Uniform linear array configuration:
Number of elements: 4
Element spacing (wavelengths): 0.5
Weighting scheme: blackman
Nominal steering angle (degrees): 15
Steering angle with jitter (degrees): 14.219
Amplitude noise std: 0.05
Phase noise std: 0.05

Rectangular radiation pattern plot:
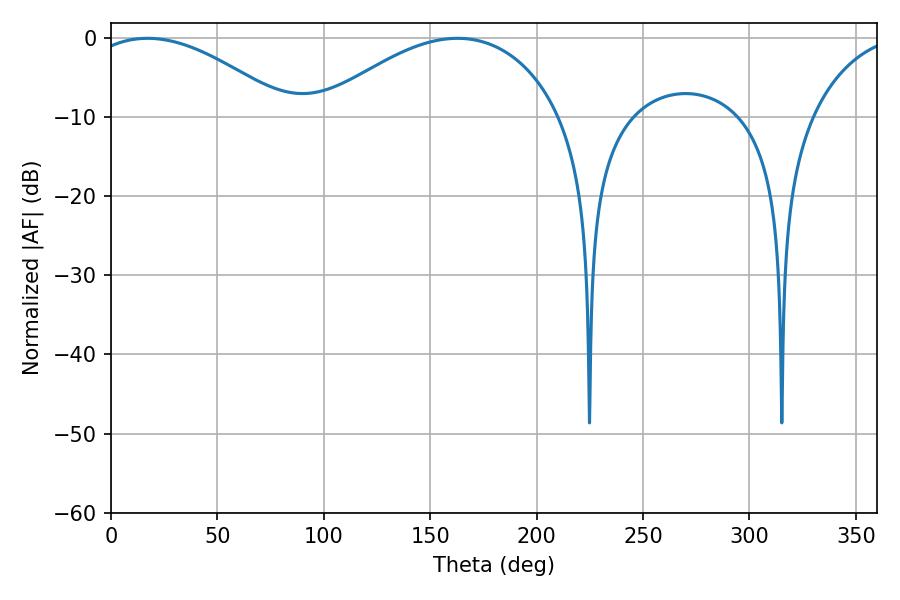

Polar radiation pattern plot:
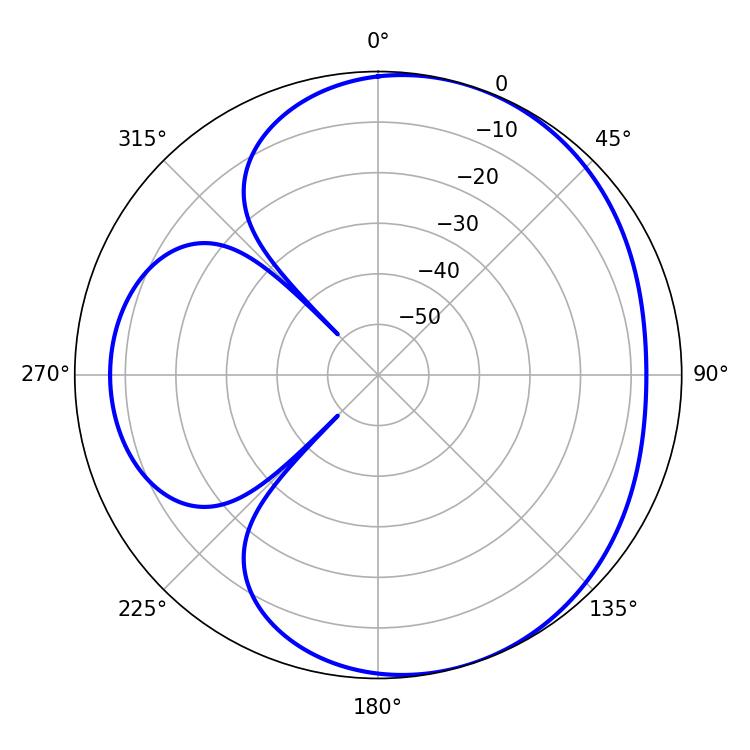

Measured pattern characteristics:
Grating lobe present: FALSE
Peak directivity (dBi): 4.466
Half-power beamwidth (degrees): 52.56
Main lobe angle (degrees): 17.1